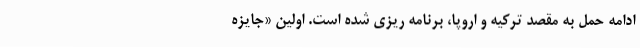
ادامه حمل به مقصد ترکیه و اروپا، برنامه ریزی شده است. اولین «جایزه